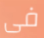
فى